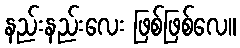
နည်းနည်းလေး ဖြစ်ဖြစ်လေ။